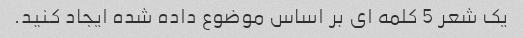
یک شعر 5 کلمه ای بر اساس موضوع داده شده ایجاد کنید.